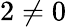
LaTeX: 2\neq 0